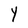
Character: Y